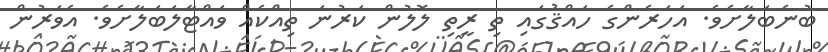
ބުނެބަލާށެވެ. އަހަރެންގެ ހައްޤުގައި ތި ރީތި ލޮލުން ކަރުނަ ތިއްކެއް ވައްޓާލަބަލާށެވެ. އެވަރުން